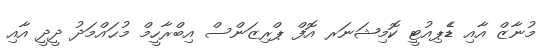
މުނާޒް އާއި ޑެެޕިއުޓީ ކޮމިޝަނަރ އޮފް ޕްރިޒަންސް އިބްރާހީމް މުޙައްމަދު ދީދީ އާއި